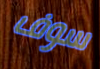
سوف